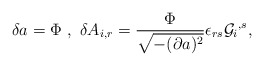
\begin{align*}\delta a = \Phi \ , \ \delta A_{i , r} = \frac{\Phi}{\sqrt{-(\partial a)^{2}}} \epsilon_{r s} {{\cal G}_{i}}^{, s} ,\end{align*}